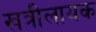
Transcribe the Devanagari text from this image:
खत्रीलायक